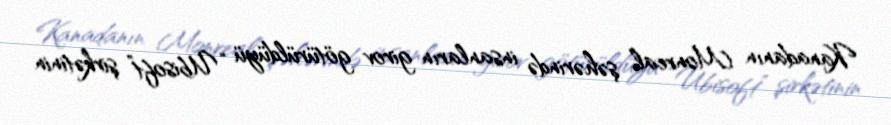
Kanadanın Monreal şəhərində insanların girov götürüldüyü “Ubisoft” şirkətinin